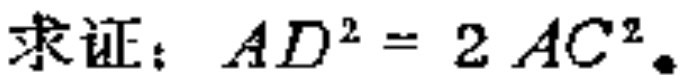
求证：\(AD^{2}=2AC^{2}\)。